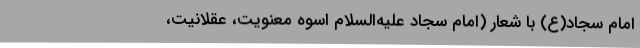
امام سجاد(ع) با شعار (امام سجاد علیه‌السلام اسوه معنویت، عقلانیت،